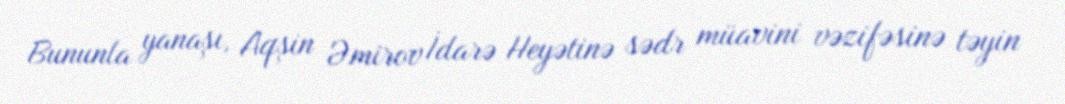
Bununla yanaşı, Aqşin Əmirov İdarə Heyətinə sədr müavini vəzifəsinə təyin